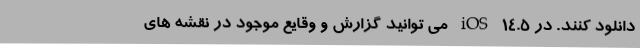
دانلود کنند. در iOS 14.5 می توانید گزارش و وقایع موجود در نقشه های